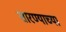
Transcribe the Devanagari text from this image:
सारण्याच्या